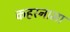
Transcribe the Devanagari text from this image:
कहरनामा